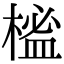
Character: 榓